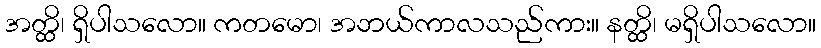
အတ္ထိ၊ ရှိပါသလော။ ကတမော၊ အဘယ်ကာလသည်ကား။ နတ္ထိ၊ မရှိပါသလော။